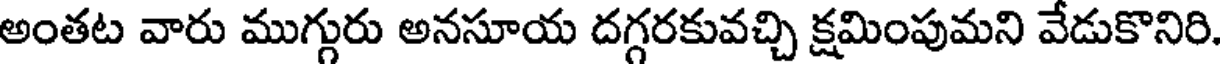
అంతట వారు ముగ్గురు అనసూయ దగ్గరకువచ్చి క్షమింపుమని వేడుకొనిరి